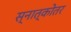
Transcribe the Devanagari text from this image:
स्नात्कोतर